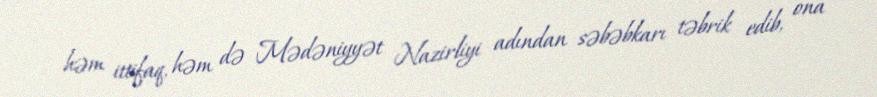
həm ittifaq, həm də Mədəniyyət Nazirliyi adından səbəbkarı təbrik edib, ona